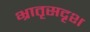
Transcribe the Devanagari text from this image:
भ्रातृसदृश